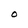
Character: O